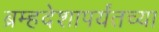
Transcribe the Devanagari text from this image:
ब्रम्हदेशापर्यंतच्या